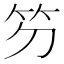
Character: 䇖